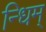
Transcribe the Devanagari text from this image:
न्धिम्